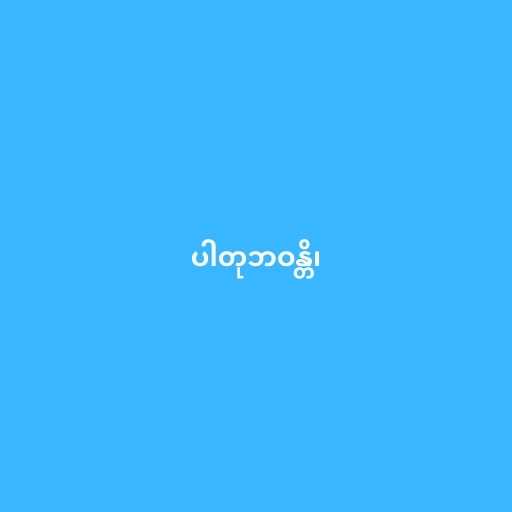
ပါတုဘဝန္တိ၊